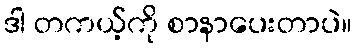
ဒါ တကယ့်ကို စာနာပေးတာပဲ။